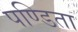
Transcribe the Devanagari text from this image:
पण्डिता